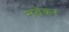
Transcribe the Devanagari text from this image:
भडेकर